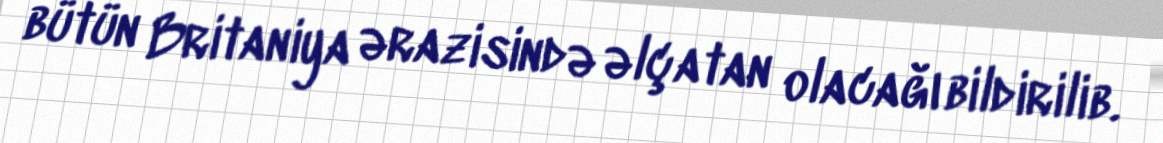
bütün Britaniya ərazisində əlçatan olacağı bildirilib.